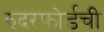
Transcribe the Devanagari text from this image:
रुदरफोर्डची